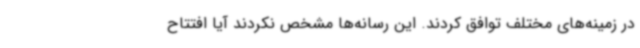
در زمینه‌های مختلف توافق کردند. این رسانه‌ها مشخص نکردند آیا افتتاح